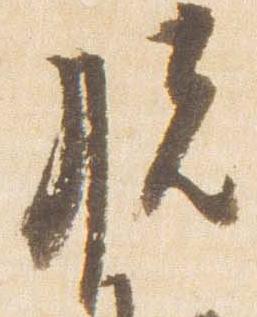
脱